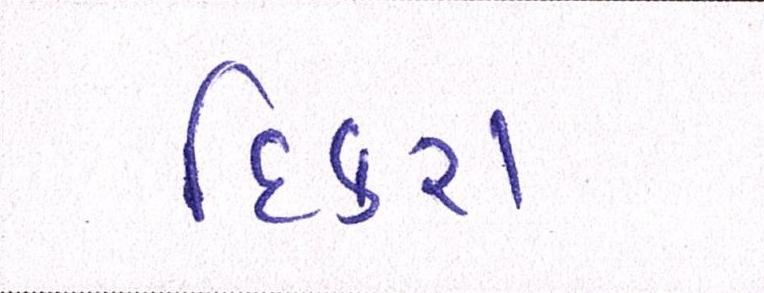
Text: દિકરા